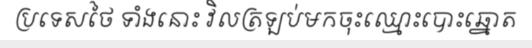
ប្រទេសថៃ ទាំងនោះ វិលត្រឡប់មកចុះឈ្មោះបោះឆ្នោត